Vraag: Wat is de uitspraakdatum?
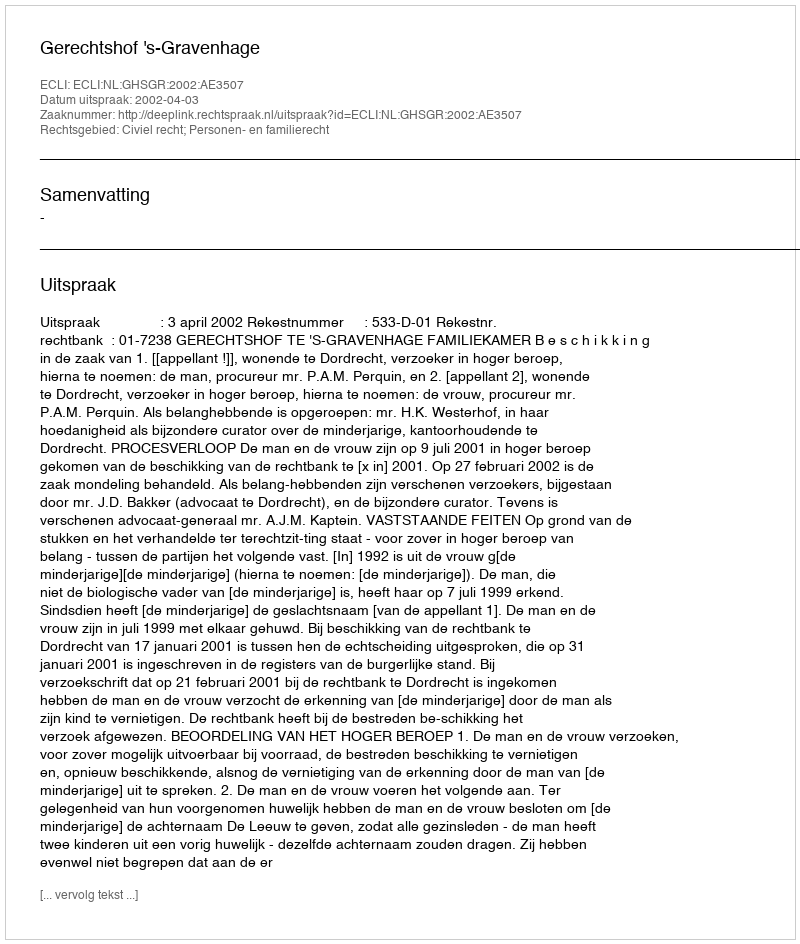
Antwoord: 2002-04-03